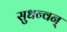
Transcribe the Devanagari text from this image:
सुधन्वन्‌